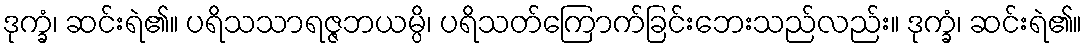
ဒုက္ခံ၊ ဆင်းရဲ၏။ ပရိသသာရဇ္ဇဘယမ္ပိ၊ ပရိသတ်ကြောက်ခြင်းဘေးသည်လည်း။ ဒုက္ခံ၊ ဆင်းရဲ၏။